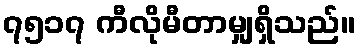
၇၅၁၇ ကီလိုမီတာမျှရှိသည်။